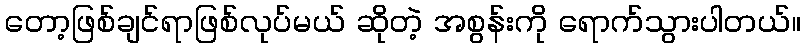
တော့ဖြစ်ချင်ရာဖြစ်လုပ်မယ် ဆိုတဲ့ အစွန်းကို ရောက်သွားပါတယ်။